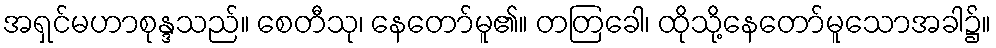
အရှင်မဟာစုန္ဒသည်။ စေတီသု၊ နေတော်မူ၏။ တတြခေါ၊ ထိုသို့နေတော်မူသောအခါ၌။